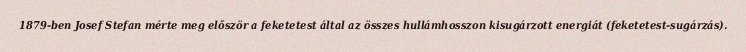
1879-ben Josef Stefan mérte meg először a feketetest által az összes hullámhosszon kisugárzott energiát (feketetest-sugárzás).